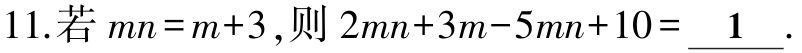
11.若\(mn = m + 3\)，则\(2mn + 3m - 5mn + 10=\underline{ \ 1 \ }.\)